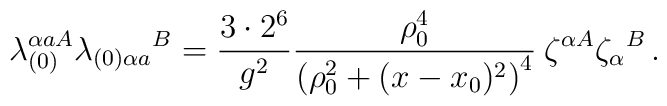
\lambda_{(0)}^{\alpha a A} {\lambda_{(0)\alpha a}}^{B} =  	\frac{3\cdot 2^6}{g^{2}} 	\frac{\rho_0^{4}}{\left( \rho_0^{2}+(x-x_{0})^{2}\right)^{4}}	\: \zeta^{\alpha A} {\zeta_{\alpha}}^{B} \, .